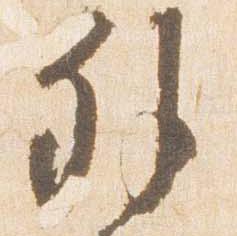
外